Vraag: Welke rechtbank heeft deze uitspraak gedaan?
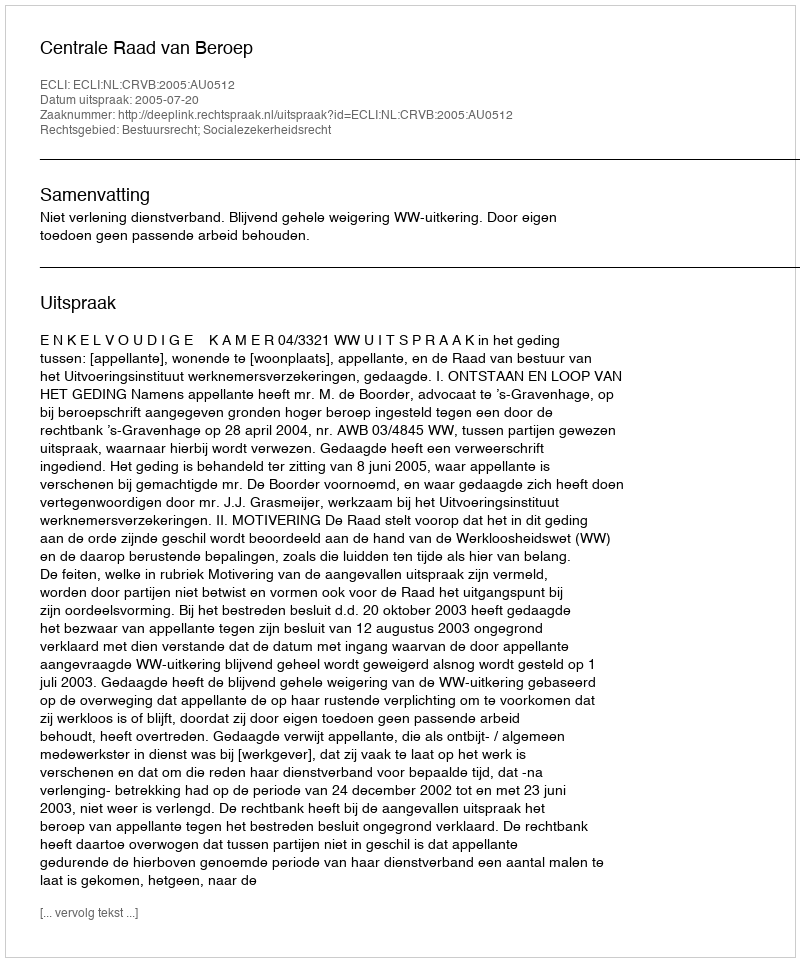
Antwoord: Centrale Raad van Beroep